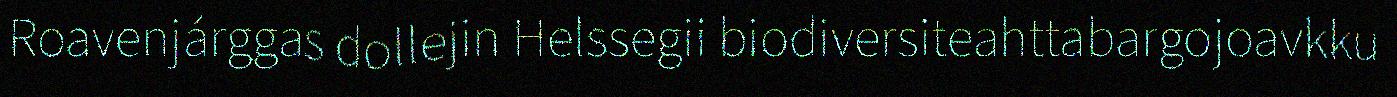
Roavenjárggas dollejin Helssegii biodiversiteahttabargojoavkku